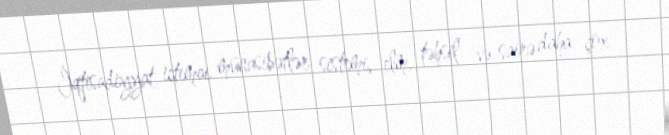
İqtisadiyyat, ictimai münasibətlər sistemi, elm, təhsil və sairə daha çox